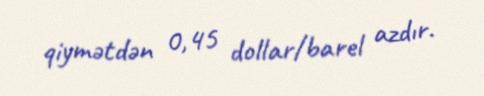
qiymətdən 0,45 dollar/barel azdır.